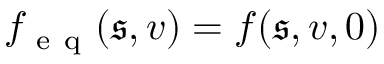
f _ { \mathrm { ~ e ~ q ~ } } ( \mathfrak { s } , v ) = f ( \mathfrak { s } , v , 0 )